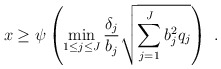
\begin{align*}x \ge \psi \left( {\mathop {\min }\limits_{1 \le j \le J} \frac{{{\delta _j}}}{{{b_j}}}\sqrt {\sum\limits_{j = 1}^J {b_j^2{q_j}} } } \right) \ .\end{align*}